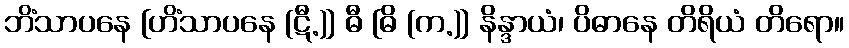
ဘိံသာပနေ [ဟိံသာပနေ (ဋီ.)] ဓီ [ဓိ (က.)] နိန္ဒာယံ၊ ပိဓာနေ တိရိယံ တိရော။